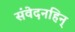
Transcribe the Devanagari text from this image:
संवेदनहिन्